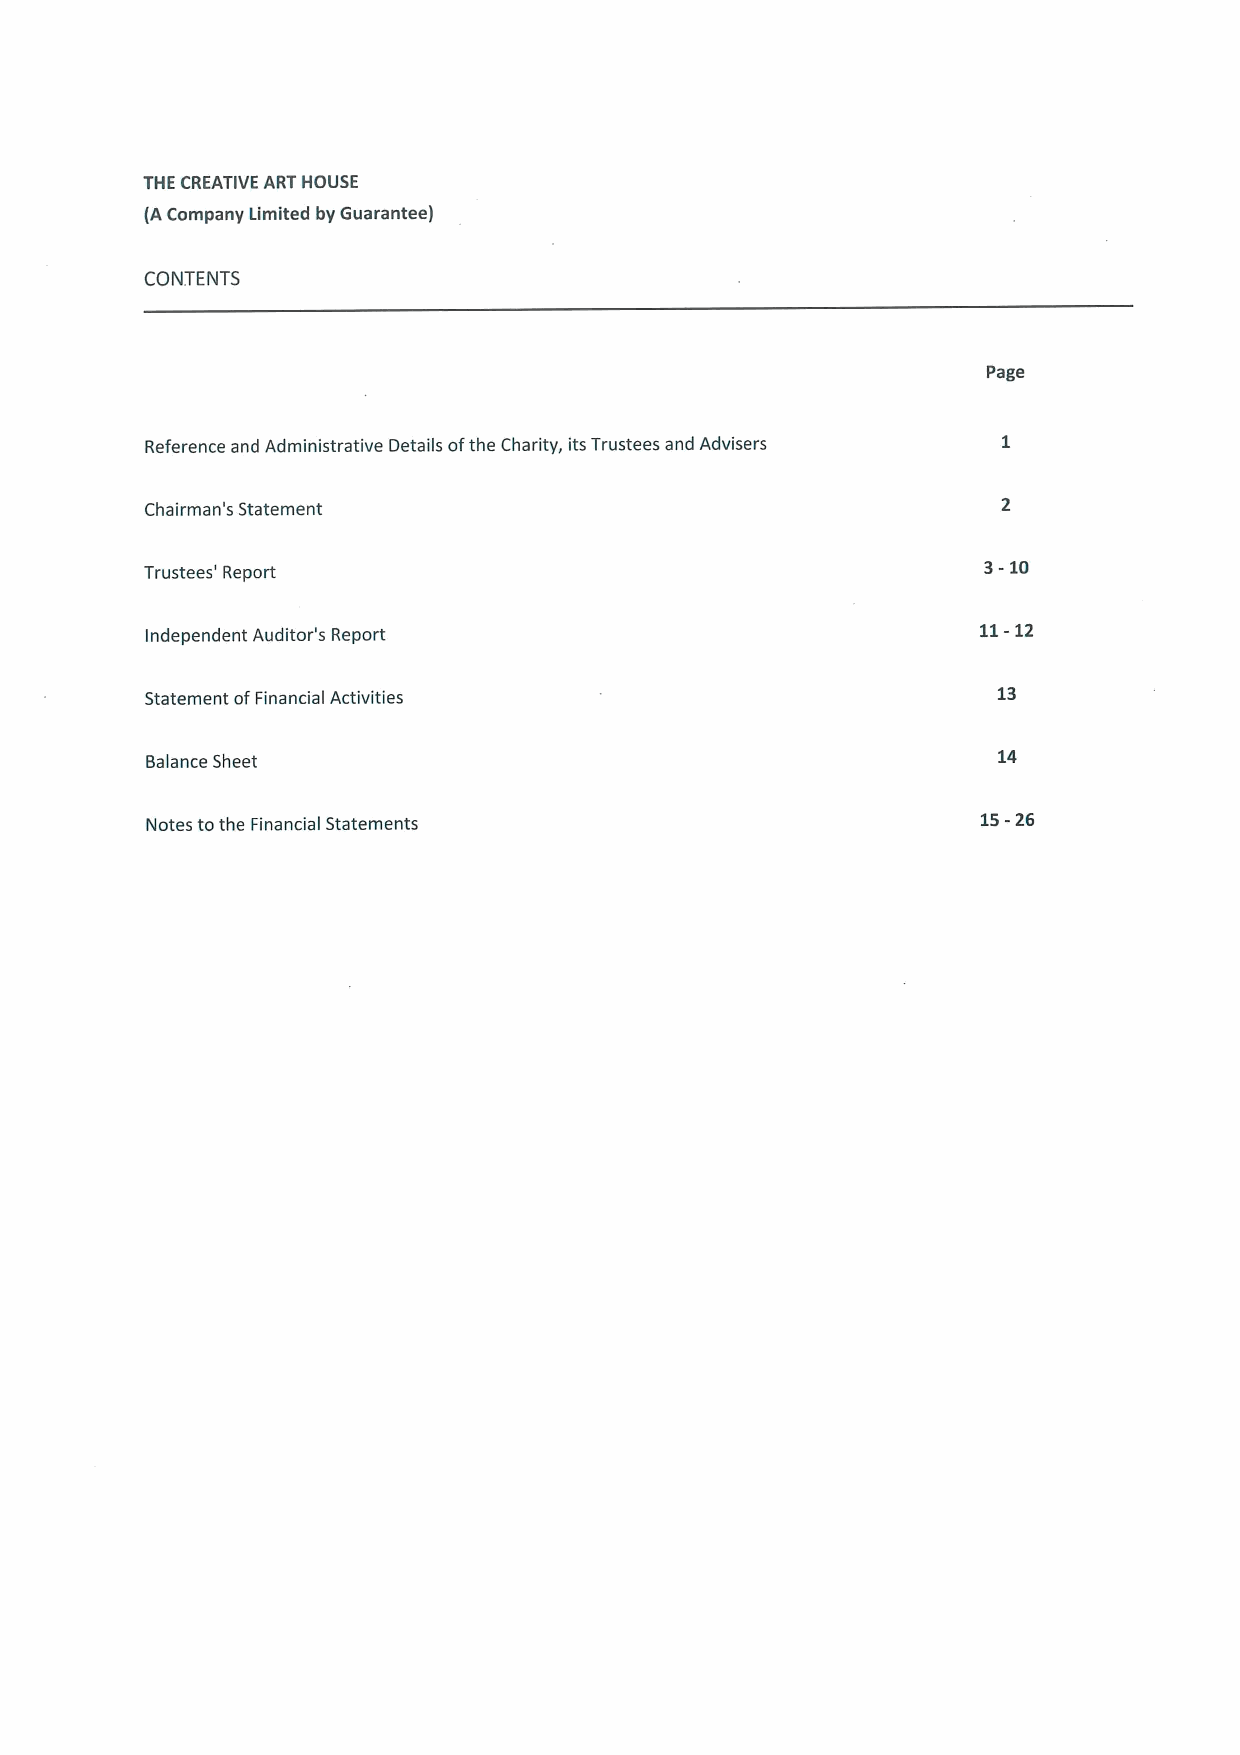
THE CREATIVE ART HOUSE
 tA Company Limited by Guarantee)
 CONTENTS
 Page
 Reference and Administrative Details ofthe Charity, its Trustees and Advisers
 Chairman's Statement
 3-10
 Trustees' Report
 Independent Auditor's Report
 11-12
 Statement ofFinancial Activities                        13
 14
 Balance Sheet
 Notes tothe Financial Statements
 15-26